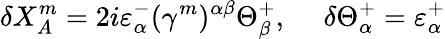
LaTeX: \delta{X_{A}^{m}}=2i\varepsilon_{\alpha}^{-}(\gamma^{m})^{\alpha\beta}\Theta_{\beta}^{+},\ \ \ \ \ \delta\Theta_{\alpha}^{+}=\varepsilon_{\alpha}^{+}